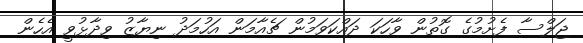
ޖަލްސާ ފެށުމުގެ ގޮތުން ވާހަކަ ދައްކަވަމުން ޗެއާމަން އަހުމަދު ނިޔާޒު ވިދާޅުވީ އެހެން